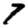
Digit: 7